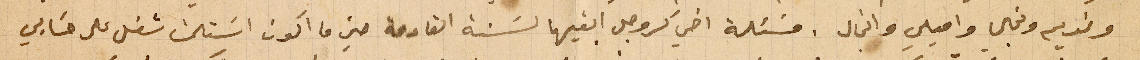
ونديم ونجلى واميلي وانجال. مسئلة اخي كروجر ابقيها لسَنة القادمة حين ما اكون استلمت شغل على حسابي